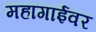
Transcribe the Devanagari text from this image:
महागाईवर